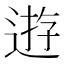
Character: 逰